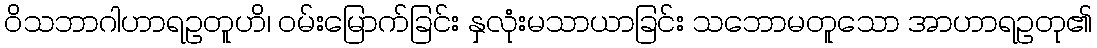
ဝိသဘာဂါဟာရဥတူဟိ၊ ဝမ်းမြောက်ခြင်း နှလုံးမသာယာခြင်း သဘောမတူသော အာဟာရဥတု၏